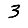
Digit: 3